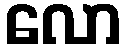
လော